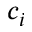
c _ { i }